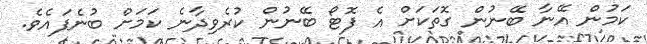
ކަމުން އޭނާ ބޭނުން ގޮތަކަށް އެ ފޮޓޯ ބޭނުން ކުރެވިދާނެ ކަމަށް ބުނެފައެވެ.